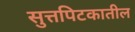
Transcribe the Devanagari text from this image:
सुत्तपिटकातील